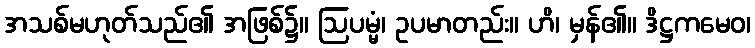
အသစ်မဟုတ်သည်၏ အဖြစ်၌။ ဩပမ္မံ၊ ဥပမာတည်း။ ဟိ၊ မှန်၏။ ဒိဋ္ဌကမေဝ၊